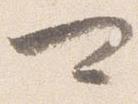
可